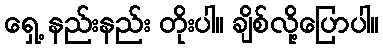
ရှေ့ နည်းနည်း တိုးပါ။ ချိစ်လို့ပြောပါ။